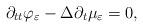
LaTeX: \begin{align*} \partial_{tt} \varphi_{\varepsilon} - \Delta \partial_{t}\mu_{\varepsilon}= 0,\end{align*}